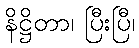
နိဋ္ဌိတာ၊ ပြီးပြီ၊